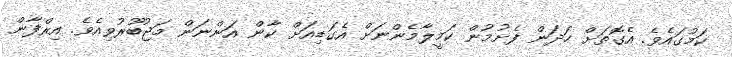
ކަމުގައެވެ. އެގޮތަށް ހަދަން ފެށުމުން ކަމީލާމެންނަށް އެގަޑިއަށް ކާން އަންނަން މަޖުބޫރުވިއެވެ. އިރްފާން